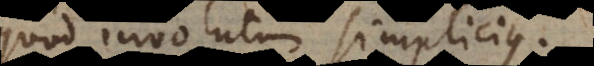
quod involutum simplicius.